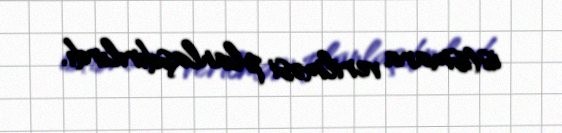
istismara verilməsi planlaşdırılırdı.